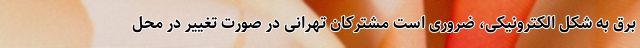
برق به شکل الکترونیکی، ضروری است مشترکان تهرانی در صورت تغییر در محل